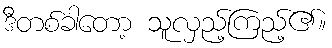
ဒီတစ်ခါတော့ သူလှည့်ကြည့်၏။